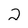
Character: 2